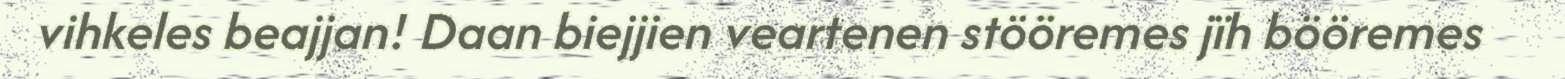
vihkeles beajjan! Daan biejjien veartenen stööremes jïh bööremes